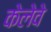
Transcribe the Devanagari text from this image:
केलेवे